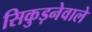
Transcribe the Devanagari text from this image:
सिकुड़नेवाले